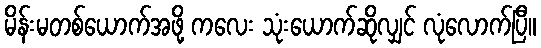
မိန်းမတစ်ယောက်အဖို့ ကလေး သုံးယောက်ဆိုလျှင် လုံလောက်ပြီ။